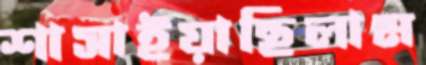
শাসাইয়াছিলাম